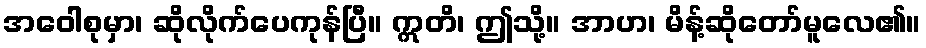
အဝေါစုမှာ၊ ဆိုလိုက်ပေကုန်ပြီ။ ဣတိ၊ ဤသို့။ အာဟ၊ မိန့်ဆိုတော်မူလေ၏။